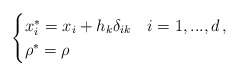
\begin{align*}\begin{cases}x_i^* = x_i + h_k \delta_{ik} & i= 1, ..., d\, , \\\rho^* = \rho\end{cases}\end{align*}